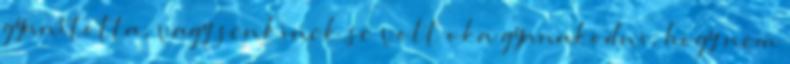
gyanította, vagy senkinek se volt oka gyanakodni, hogy nem